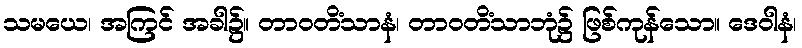
သမယေ၊ အကြင် အခါ၌။ တာဝတိံသာနံ၊ တာဝတိံသာဘုံ၌ ဖြစ်ကုန်သော။ ဒေဝါနံ၊